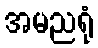
အမညရုံ